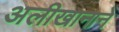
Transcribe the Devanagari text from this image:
अलीखानाने